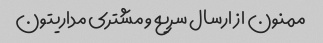
ممنون از ارسال سریع و مشتری مداریتون